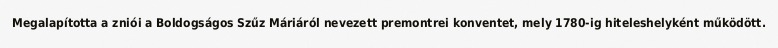
Megalapította a zniói a Boldogságos Szűz Máriáról nevezett premontrei konventet, mely 1780-ig hiteleshelyként működött.